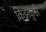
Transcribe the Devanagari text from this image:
किझकुडी